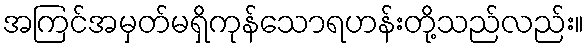
အကြင်အမှတ်မရှိကုန်သောရဟန်းတို့သည်လည်း။